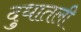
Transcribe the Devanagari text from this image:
दुधातली